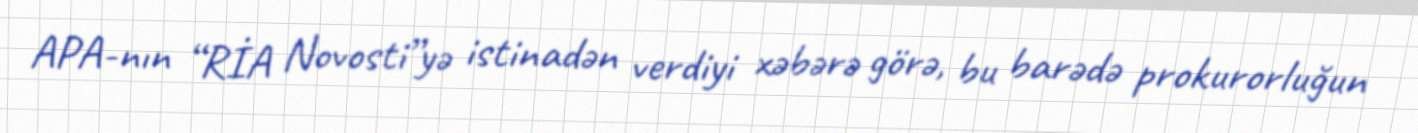
APA-nın “RİA Novosti”yə istinadən verdiyi xəbərə görə, bu barədə prokurorluğun